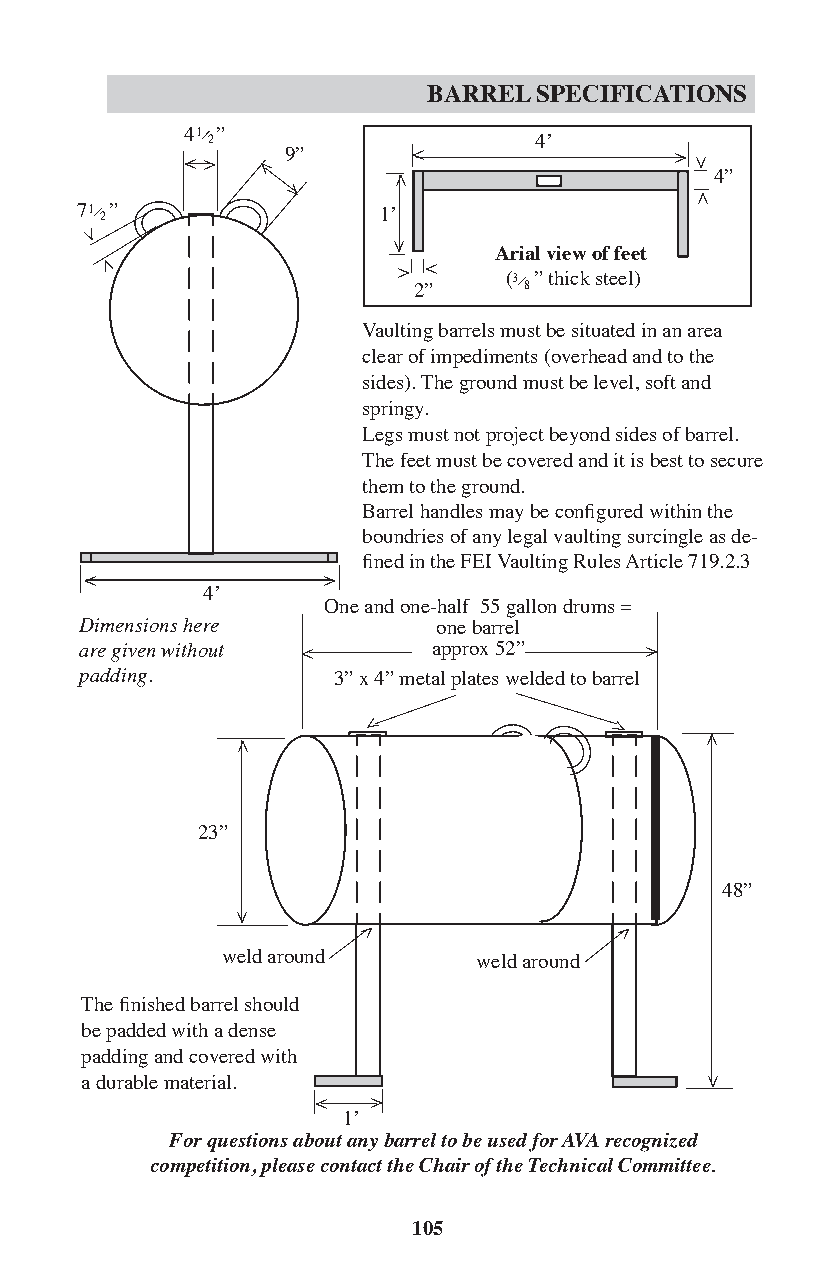
BARREL SPECIFICATIONS
 4 1 ”
 2            >       4’
 >      9”                        > > >
 4”
 >
 7 1 2 ”             1’
 >
 Arial view of feet
 >
 >                  >
 (3 ” thick steel)
 2”      8
 Vaulting barrels must be situated in an area
 clear of impediments (overhead and to the
 sides). The ground must be level, soft and
 springy.
 Legs must not project beyond sides of barrel.
 The feet must be covered and it is best to secure
 them to the ground.
 Barrel handles may be configured within the
 boundries of any legal vaulting surcingle as de-
 fined in the FEI Vaulting Rules Article 719.2.3
 >
 >
 4’
 One and one-half 55 gallon drums =
 Dimensions here         one barrel
 are given without >     approx 52”    >
 padding.         3” x 4” metal plates welded to barrel
 >
 >
 23”
 48”
 >                >
 weld around      weld around
 The finished barrel should
 be padded with a dense
 padding and covered with
 a durable material.
 >
 >
 1’
 For questions about any barrel to be used for AVA recognized
 competition, please contact the Chair of the Technical Committee.
 105
 >
 >
 >
 >
 >
 >
 >
 >